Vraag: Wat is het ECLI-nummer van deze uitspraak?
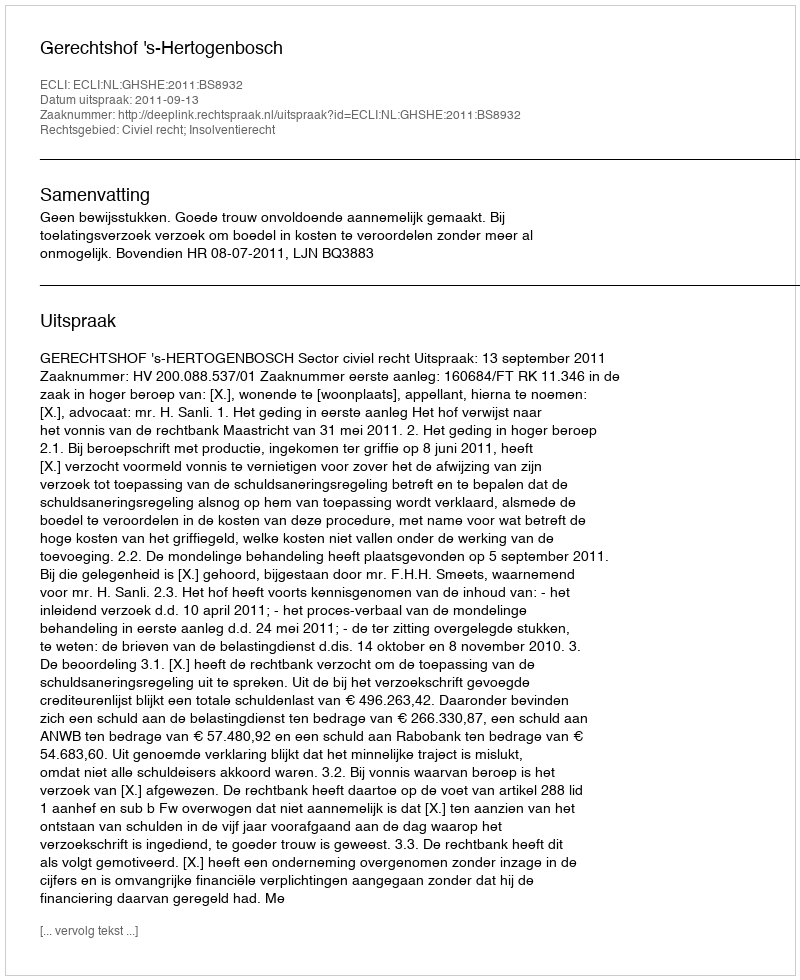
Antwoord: ECLI:NL:GHSHE:2011:BS8932